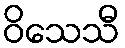
ဝိသေသီ